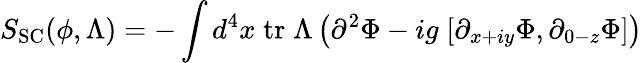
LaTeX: S_{\mathrm{SC}}(\phi,\Lambda)=-\int d^{4}x\; \mathrm{tr}\; \Lambda\left(\partial^{2}\Phi-ig\; [\partial_{x+iy}\Phi,\partial_{0-z}\Phi]\right)